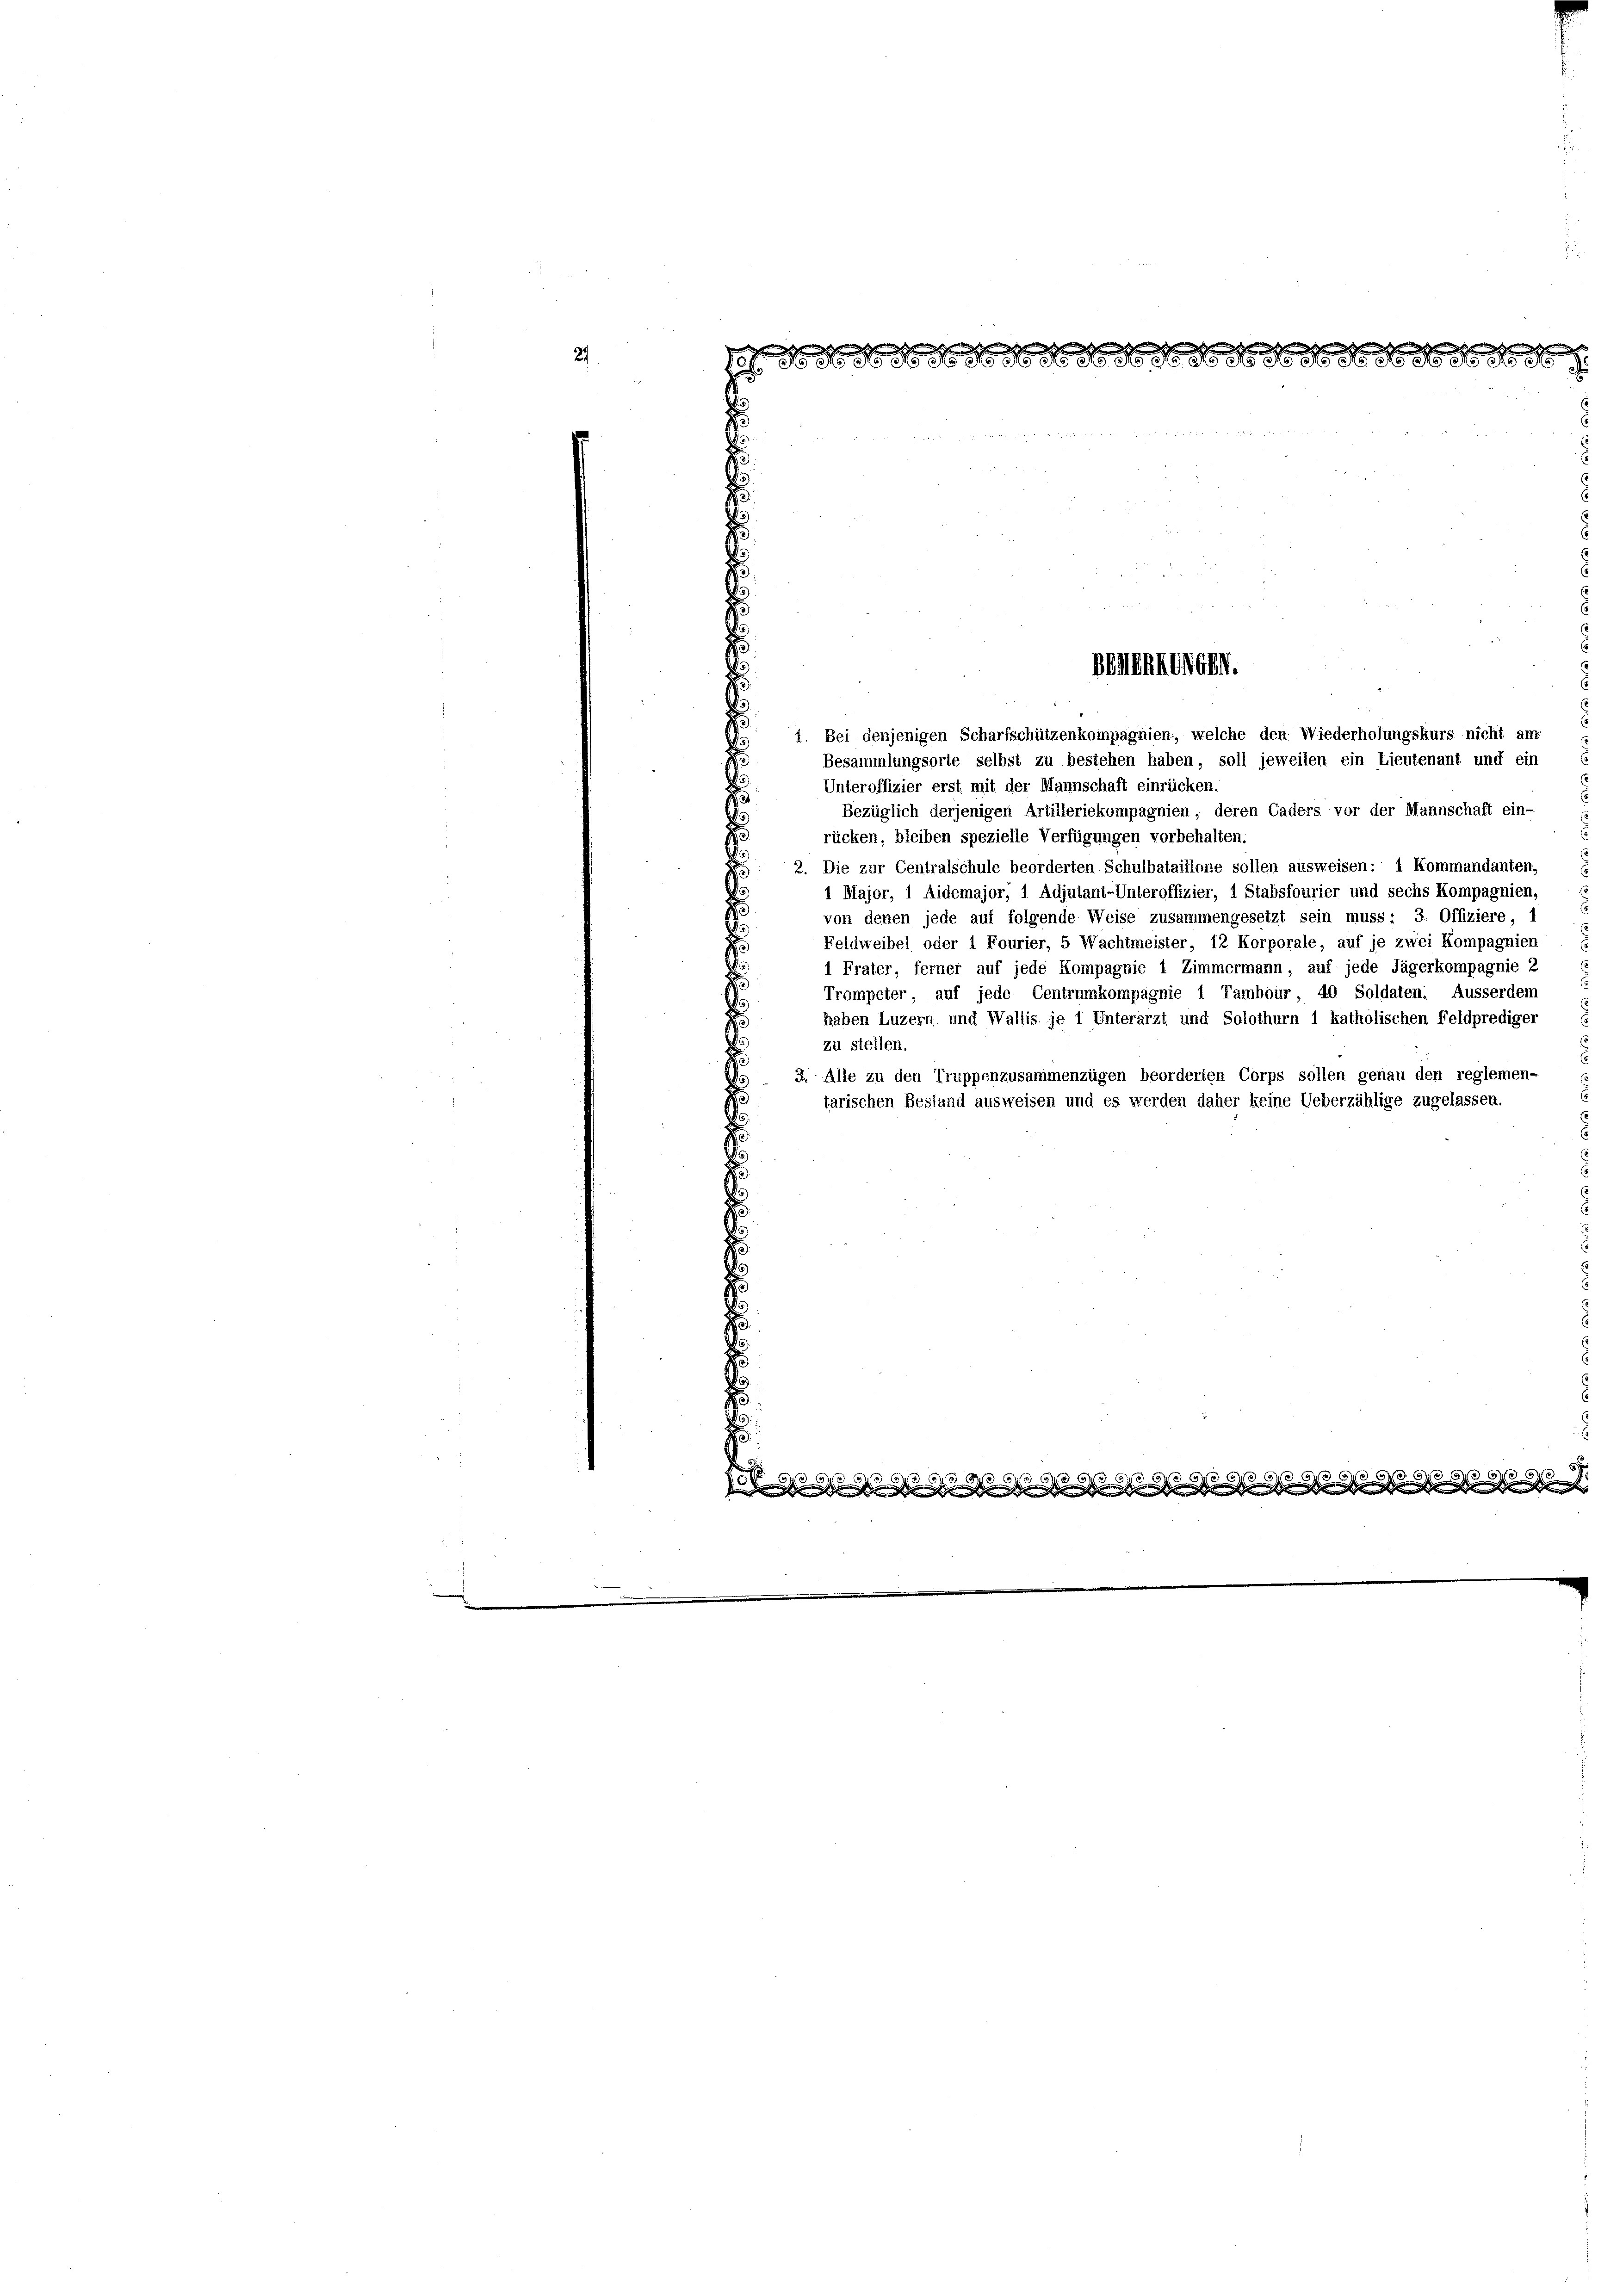
29

1. Bei denjenigen Scharfschützenkompagnien, welche den Wiederholungskurs nicht am
Besammlungsorte selbst zu bestehen haben, soll jeweilen ein Lieutenant und ein
Unteroffizier erst mit der Mannschaft einrücken.
Bezüglich derjenigen Artilleriekompagnien, deren Caders vor der Mannschaft ein-
rücken, bleiben spezielle Verfügungen vorbehalten.
2. Die zur Centralschule beorderten Schulbataillone sollen ausweisen: 1 Kommandanten,
1 Major, 1 Aidemajor, 1 Adjutant-Unteroffizier, 1 Stabsfourier und sechs Kompagnien,
von denen jede auf folgende Weise zusammengesetzt sein muss : 3. Offiziere, 1
Feldweibel oder 1 Fourier, 5 Wachtmeister, 12 Korporale, auf je zwei Kompagnien
1 Frater, ferner auf jede Kompagnie 1 Zimmermann, auf jede Jägerkompagnie 2
Trompeter, auf jede Centrumkompagnie 1 Tambour, 40 Soldaten. Ausserdem
haben Luzern und Wallis je 1 Unterarzt und Solothurn 1 katholischen Feldprediger
zu stellen.
3. Alle zu den Truppenzusammenzügen beorderten Corps sollen genau den reglemen-
tarischen Bestand ausweisen und es werden daher keine Ueberzählige zugelassen.

nHUNGB.

8

 1511 f 5 f 54 x 6 f
G d
massen s